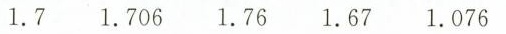
1.7 1.706 1.76 1.67 1.076